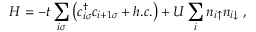
H = - t \sum _ { i \sigma } \left( c _ { i \sigma } ^ { \dag } c _ { i + 1 \sigma } + h . c . \right) + U \sum _ { i } n _ { i \uparrow } n _ { i \downarrow } \ ,